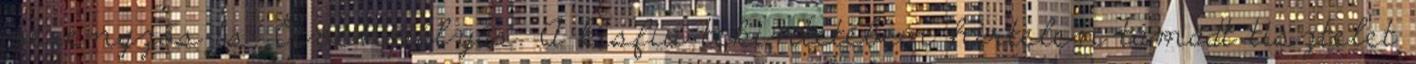
vérengzős is. Ötvenpályás. A kisfiú tekintetében hirtelen támadt tisztelet